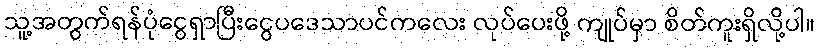
သူ့အတွက်ရန်ပုံငွေရှာပြီးငွေပဒေသာပင်ကလေး လုပ်ပေးဖို့ ကျုပ်မှာ စိတ်ကူးရှိလို့ပါ။